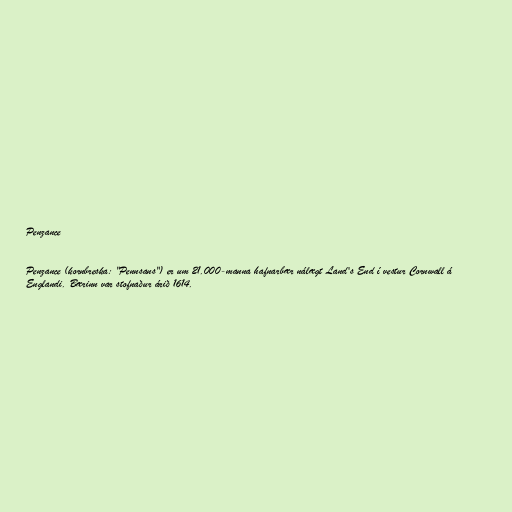
Penzance

Penzance (kornbreska: "Pennsans") er um 21.000-manna hafnarbær nálægt Land's End í vestur Cornwall á
Englandi. Bærinn var stofnaður árið 1614.